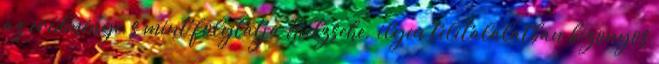
az eredménye, s mint folytatja Nietzsche, „ilyen telitalálatban bizonyos